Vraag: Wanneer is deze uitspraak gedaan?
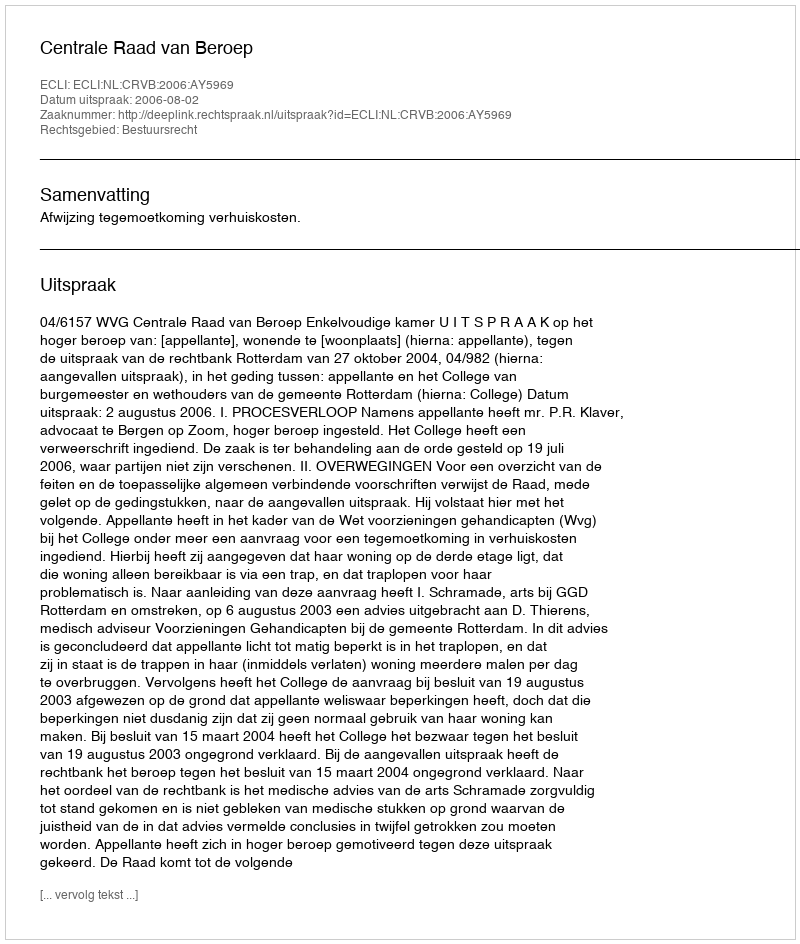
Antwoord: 2006-08-02